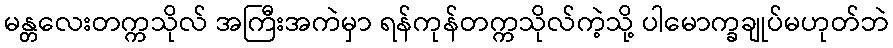
မန္တလေးတက္ကသိုလ် အကြီးအကဲမှာ ရန်ကုန်တက္ကသိုလ်ကဲ့သို့ ပါမောက္ခချုပ်မဟုတ်ဘဲ